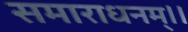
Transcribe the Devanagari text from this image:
समाराधनम्।।